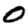
Digit: 0